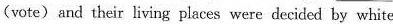
(vote)and their living places were decided by white